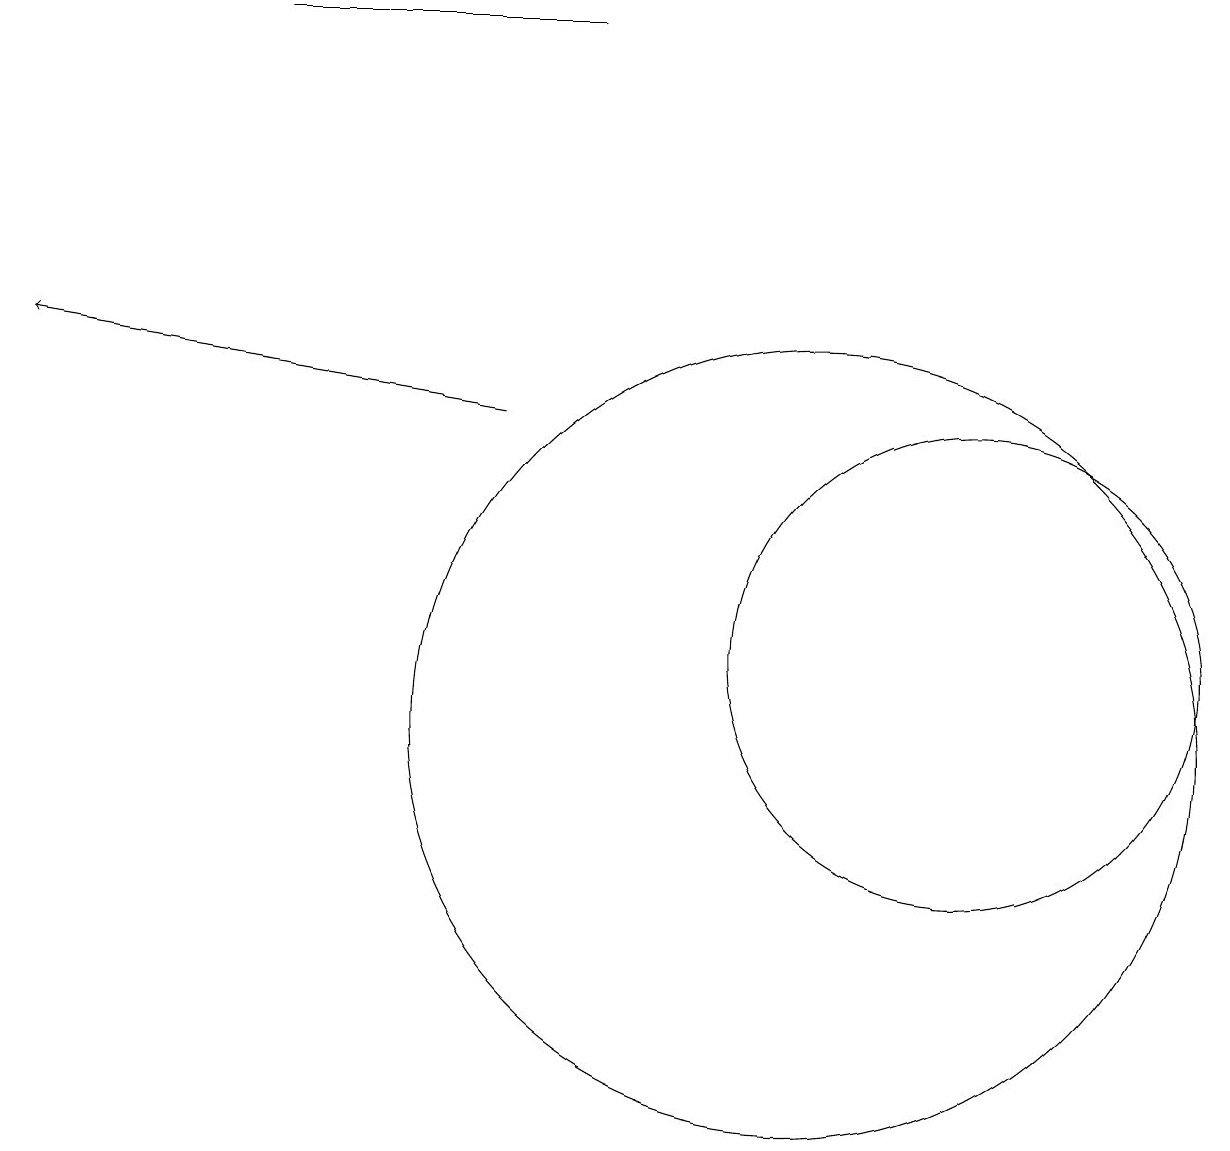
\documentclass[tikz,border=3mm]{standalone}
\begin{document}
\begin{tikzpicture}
\draw (7,19) rectangle (3,19);
\draw[->] (6,14) -- (0,15);
\draw (10,10) circle (5);
\draw (12,11) circle (3);
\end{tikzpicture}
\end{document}